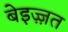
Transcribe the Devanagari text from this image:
बेइज़्ज़त